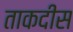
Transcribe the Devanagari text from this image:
ताकदीस